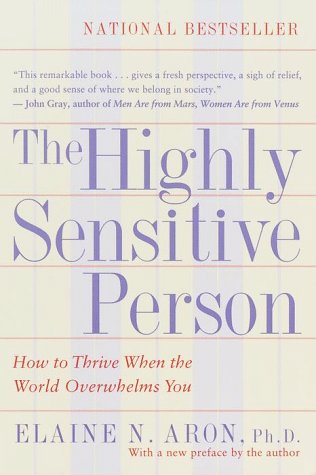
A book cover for The Highly Sensitive Person; Elaine N. Aron; Self-Help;